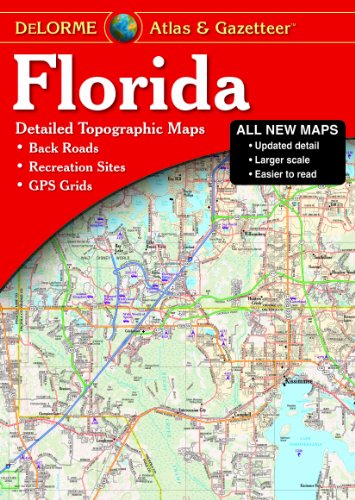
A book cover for Florida Atlas & Gazetteer (Delorme Atlas & Gazetteer); Delorme Publishing; Reference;